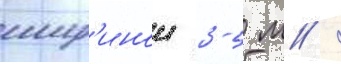
шир'инои 3-5 м /